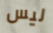
ليس